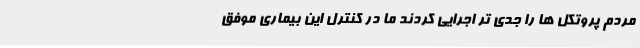
مردم پروتکل ها را جدی تر اجرایی کردند ما در کنترل این بیماری موفق